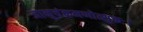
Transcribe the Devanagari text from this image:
जानुचंक्रमणोत्सुकः।